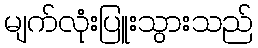
မျက်လုံးပြူးသွားသည်